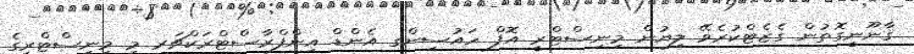
ޤާނޫނީގޮތުން ގެޒެޓްކުރެވޭ ލިޔުން މިނިސްޓްރީ އޮފް ހައުސިންގ އެންޑް އިންފްރާސްޓްރަކްޗަރ މި މިނިސްޓްރީގެ